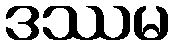
ဒဿမ